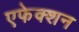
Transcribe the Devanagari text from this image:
एफेक्शन